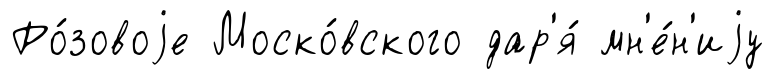
Ро́зовоjе Моско́вского дар'я́ мн'е́н'иjу